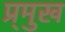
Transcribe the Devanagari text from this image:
प्र्मुख